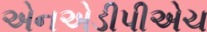
એનએડીપીએચ